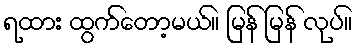
ရထား ထွက်တော့မယ်။ မြန် မြန် လုပ်။